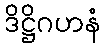
ဒိဋ္ဌိဂဟနံ